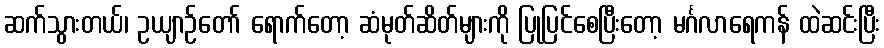
ဆက်သွားတယ်၊ ဥယျာဉ်တော် ရောက်တော့ ဆံမုတ်ဆိတ်များကို ပြုပြင်စေပြီးတော့ မင်္ဂလာရေကန် ထဲဆင်းပြီး